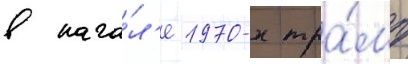
в нача́л'е 1970-х тра́мп